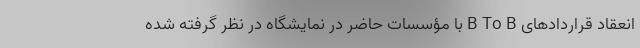
انعقاد قراردادهای B To B با مؤسسات حاضر در نمایشگاه در نظر گرفته شده